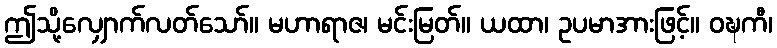
ဤသို့လျှောက်လတ်သော်။ မဟာရာဇ၊ မင်းမြတ်။ ယထာ၊ ဥပမာအားဖြင့်။ ဝဍ္ဎကီ၊